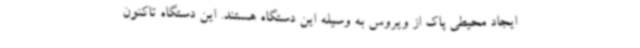
ایجاد محیطی پاک از ویروس به وسیله این دستگاه هستند. این دستگاه تاکنون